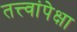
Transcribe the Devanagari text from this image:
तत्त्वांपेक्षा